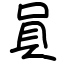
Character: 員